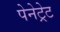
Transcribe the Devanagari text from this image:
पेनेट्रेट